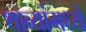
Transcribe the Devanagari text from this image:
थाव्यांमध्ये